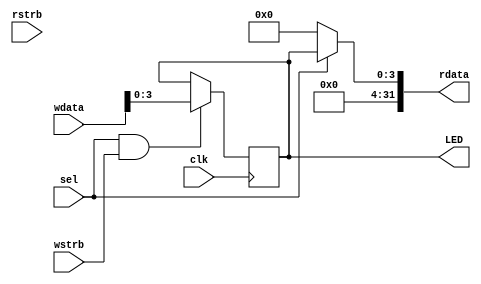

module LEDDriver(	  
    input wire 	       clk, // system clock
    input wire 	       rstrb, // read strobe		
    input wire 	       wstrb, // write strobe
    input wire 	       sel, // select (read/write ignored if low)
    input wire [31:0]  wdata, // data to be written
    output wire [31:0] rdata, // read data
    output wire [3:0]  LED    // LED pins
);

   reg [3:0] led_state;
   assign LED = led_state;
   
   initial begin
      led_state = 4'b0000;
   end
   
   assign rdata = (sel ? {28'b0, led_state} : 32'b0);
   
   always @(posedge clk) begin
      if(sel && wstrb) begin
	    led_state <= wdata[3:0];	  
      end
   end
endmodule